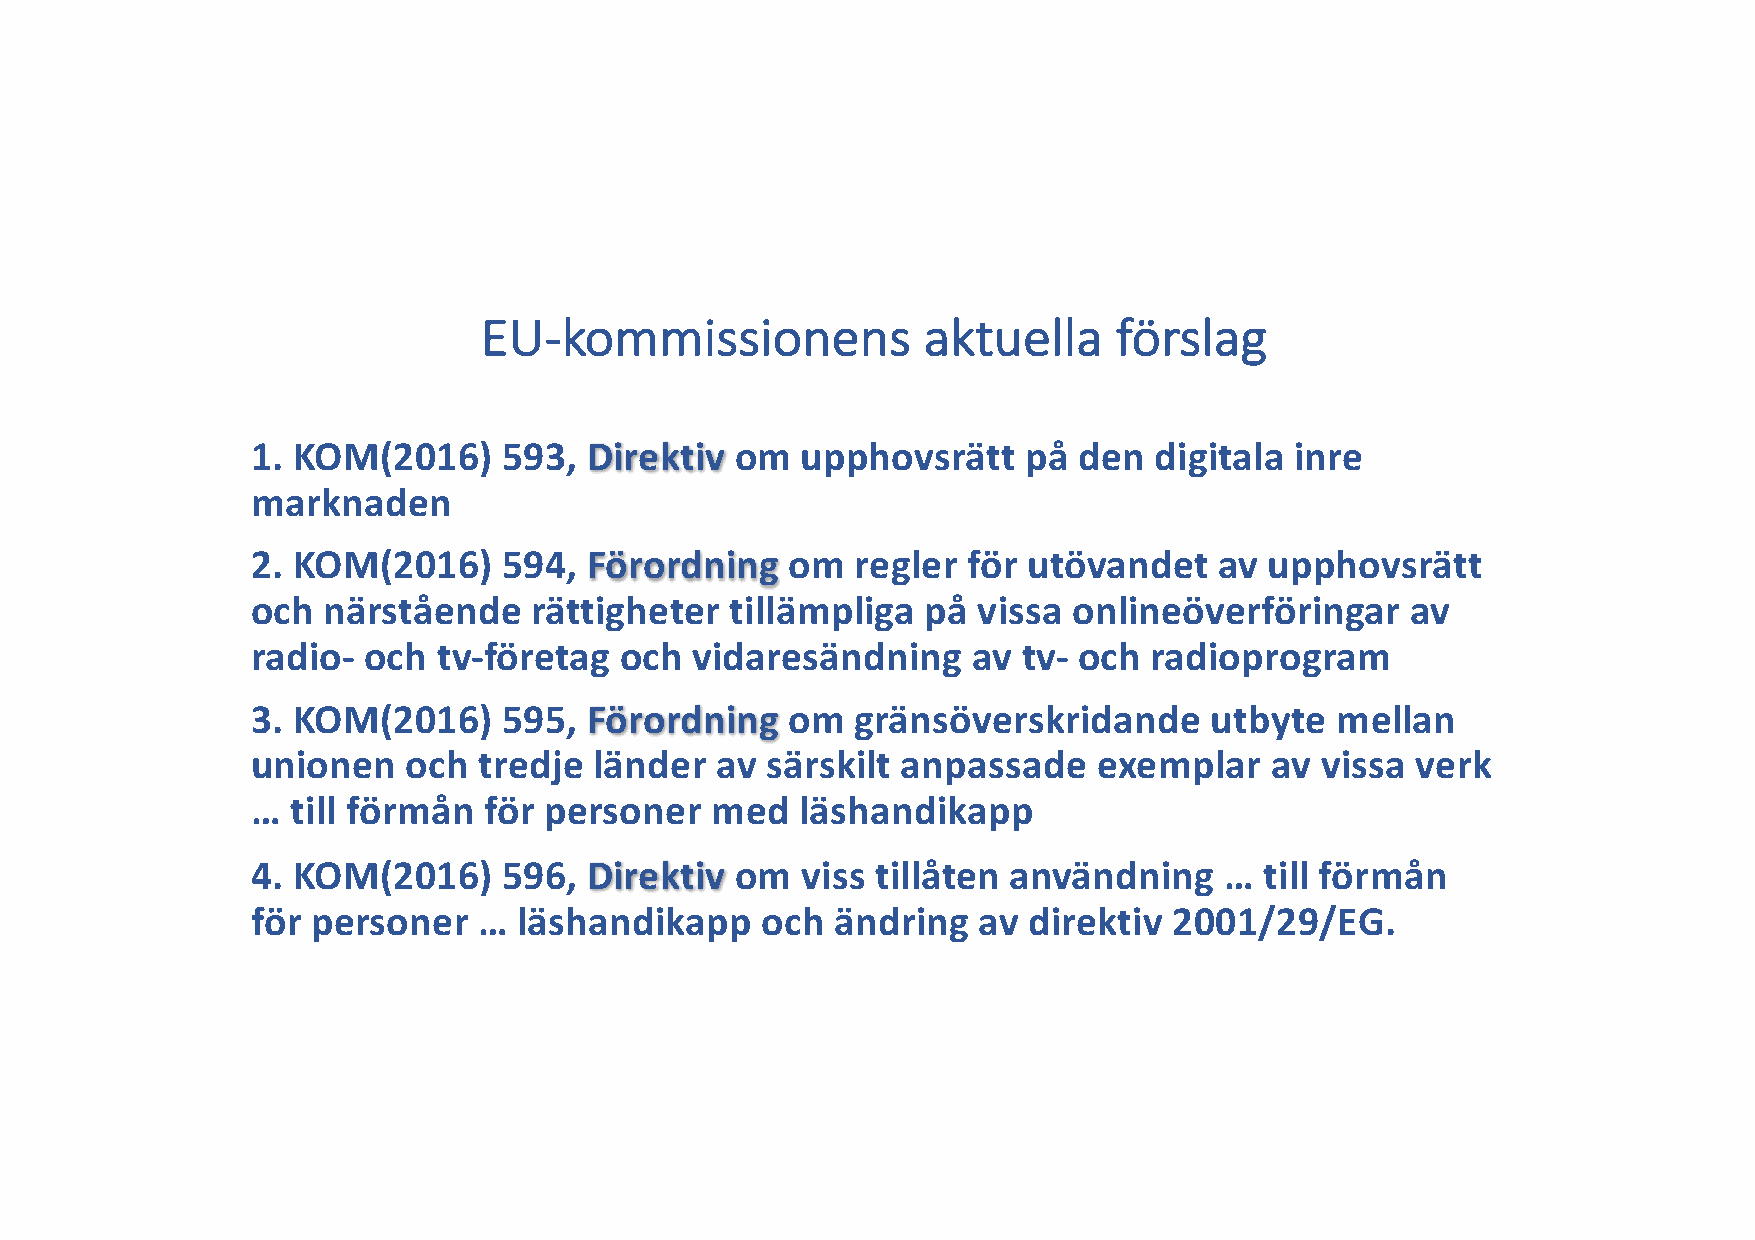
EU-kommissionens             aktuella     förslag
 1. KOM(2016)    593,  Direktiv  om  upphovsrätt    på den  digitala  inre
 marknaden
 2. KOM(2016)    594,  Förordning   om   regler för utövandet    av upphovsrätt
 och närstående    rättigheter  tillämpliga  på  vissa onlineöverföringar    av
 radio- och  tv-företag  och  vidaresändning    av  tv- och radioprogram
 3. KOM(2016)    595,  Förordning   om   gränsöverskridande     utbyte  mellan
 unionen   och  tredje länder  av  särskilt anpassade    exemplar   av vissa  verk
 … till förmån  för personer   med   läshandikapp
 4. KOM(2016)    596,  Direktiv  om  viss tillåten användning    …  till förmån
 för personer   … läshandikapp    och  ändring   av direktiv  2001/29/EG.